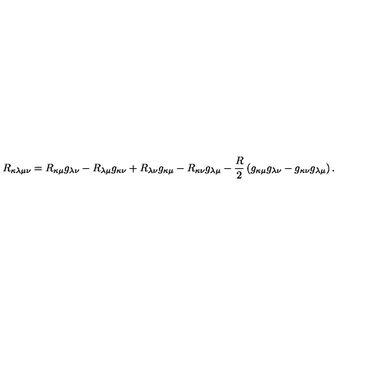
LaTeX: R _ { \kappa \lambda \mu \nu } = R _ { \kappa \mu } g _ { \lambda \nu } - R _ { \lambda \mu } g _ { \kappa \nu } + R _ { \lambda \nu } g _ { \kappa \mu } - R _ { \kappa \nu } g _ { \lambda \mu } - \frac { R } { 2 } \left( g _ { \kappa \mu } g _ { \lambda \nu } - g _ { \kappa \nu } g _ { \lambda \mu } \right) .